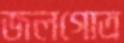
জলগোত্র